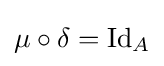
\mu \circ \delta =\mathrm {Id} _{A}